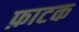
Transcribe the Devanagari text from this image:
फ़ाटक